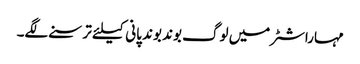
مہاراشٹر میں لوگ بوند بوند پانی کیلئے ترسنے لگے۔